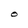
Character: O